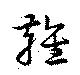
雍